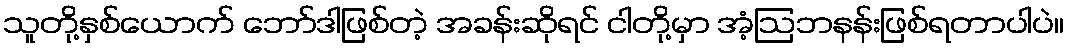
သူတို့နှစ်ယောက် ဘော်ဒါဖြစ်တဲ့ အခန်းဆိုရင် ငါတို့မှာ အံ့ဩဘနန်းဖြစ်ရတာပါပဲ။